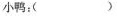
小鸭：（）